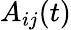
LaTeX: A_{ij}(t)